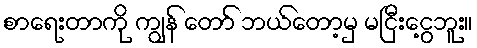
စာရေးတာကို ကျွန် တော် ဘယ်တော့မှ မငြီးငွေ့ဘူး။